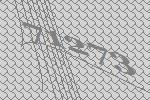
71273